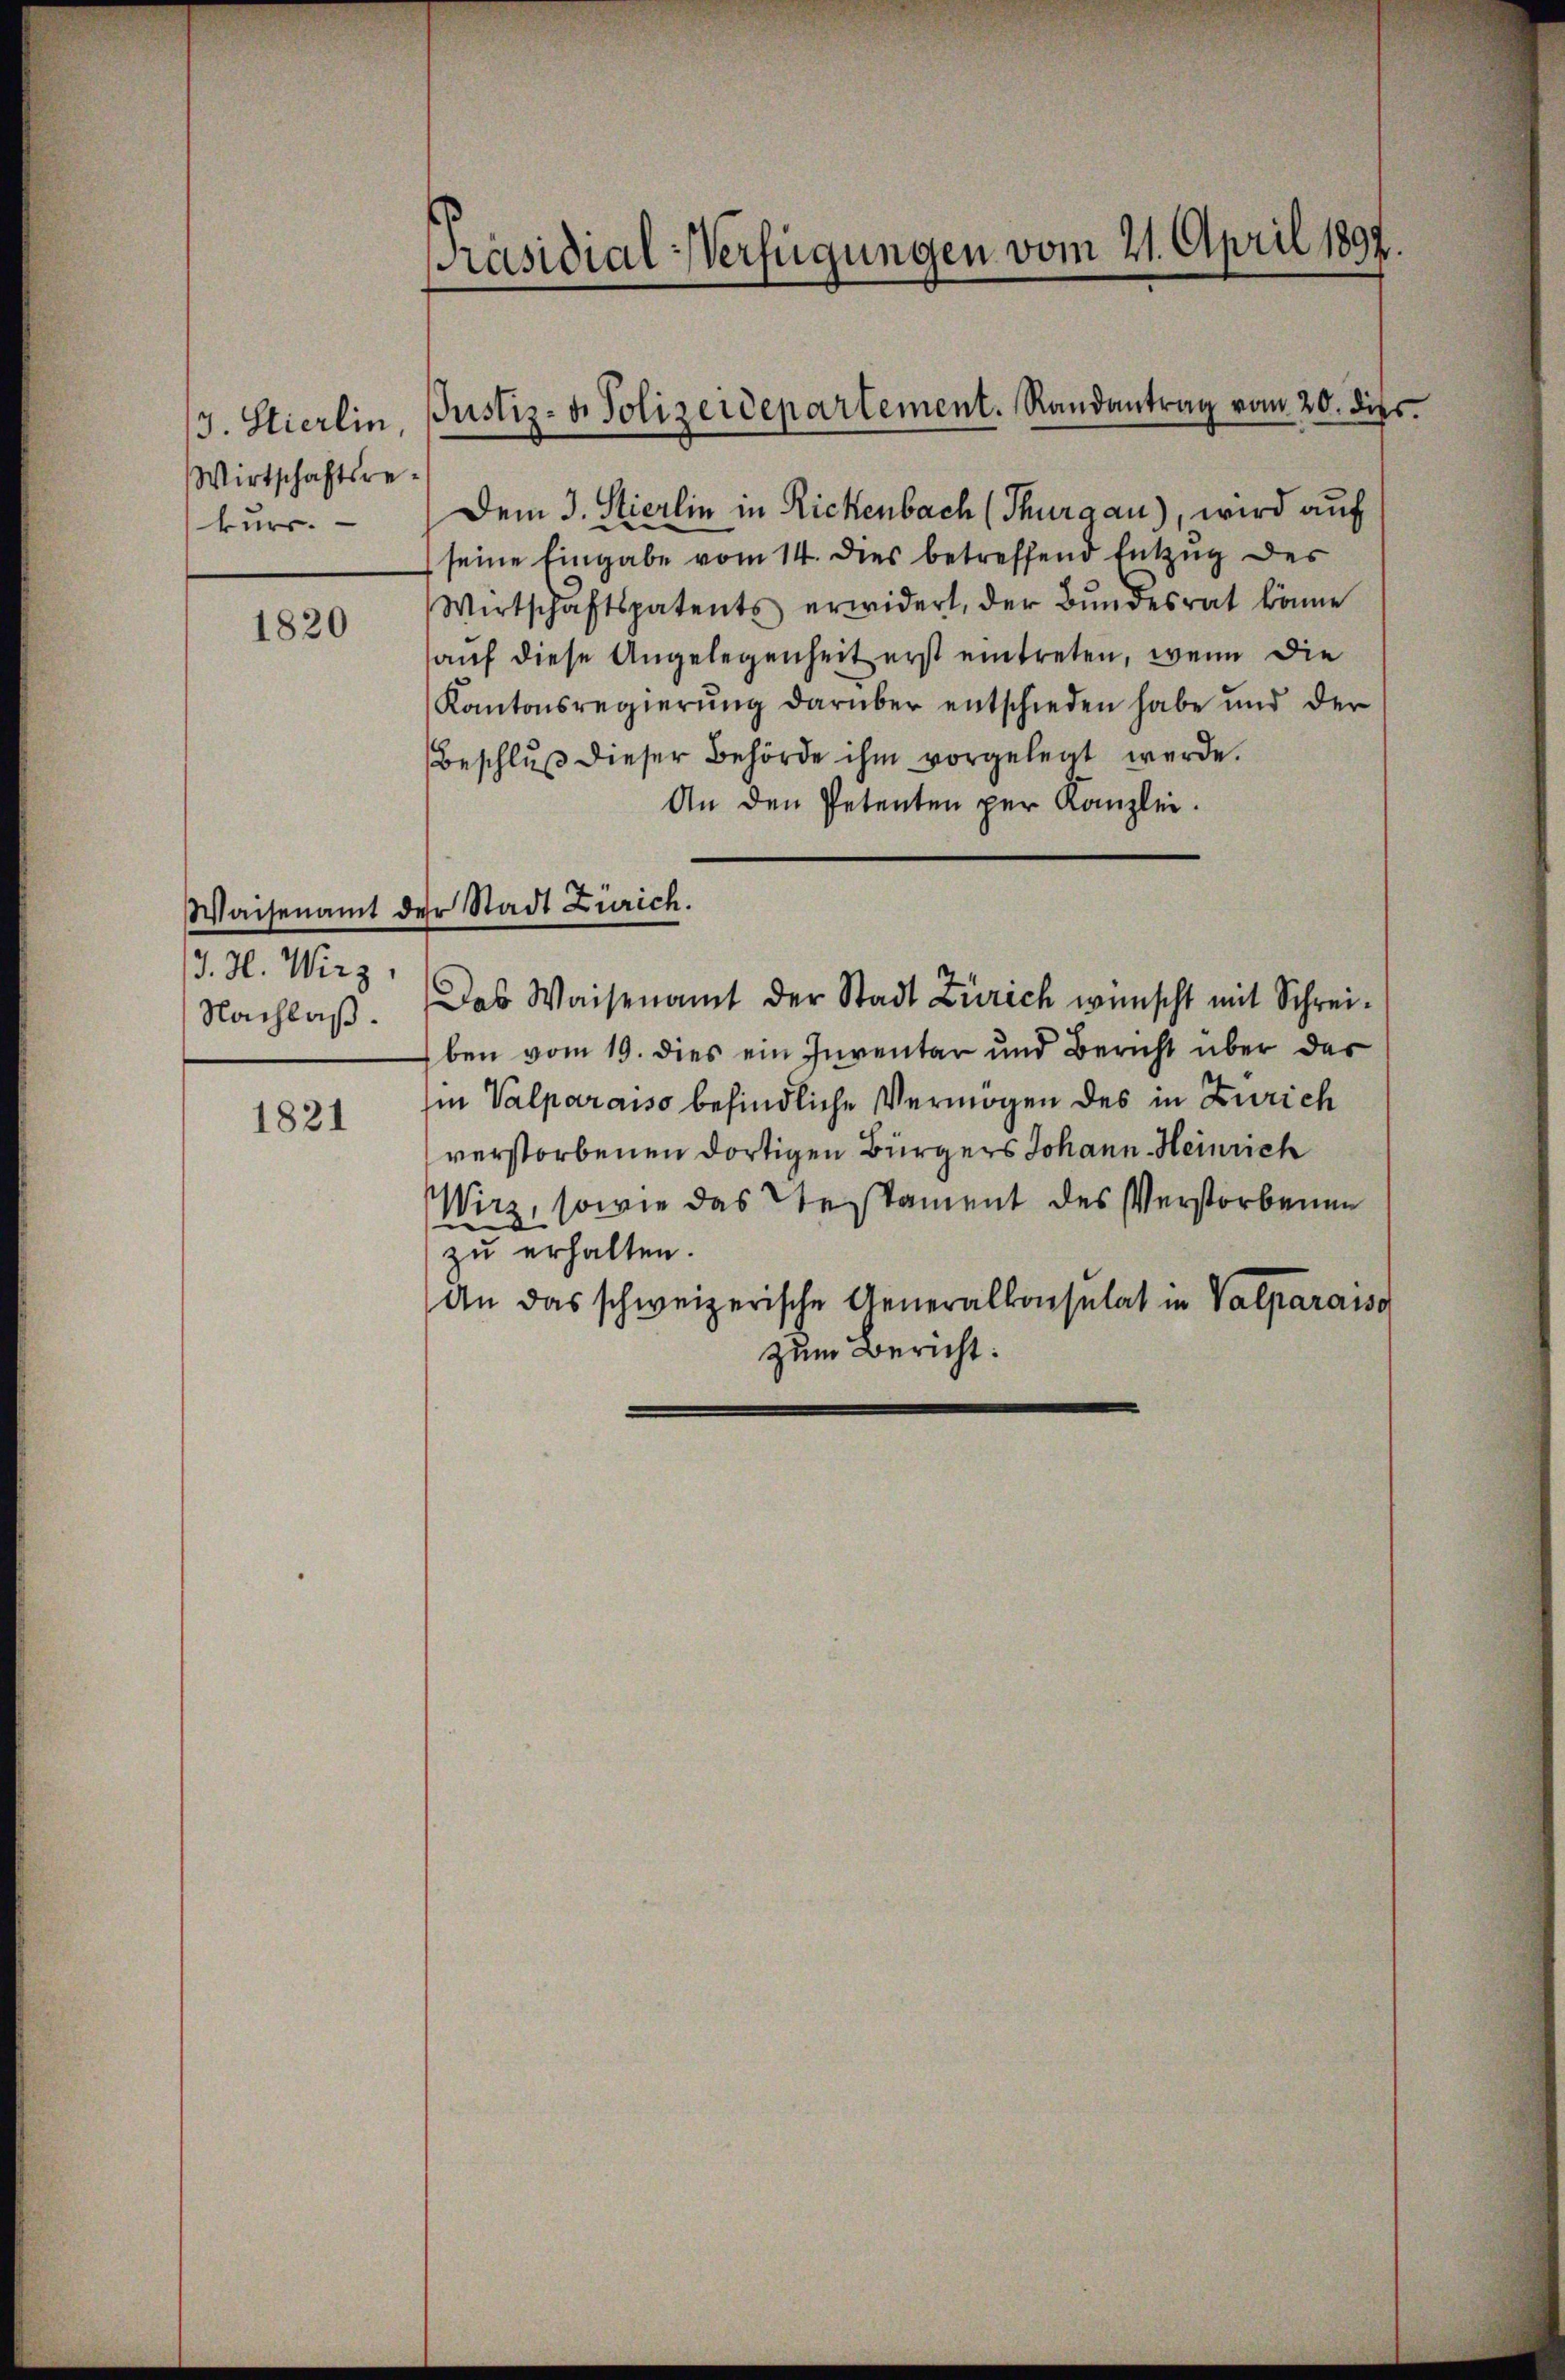
3. Stierlin,
Wirtschaftsre
kurs.

1820

Waisenamt di
J. H. Wirz,
Nachlaß.

1821

Präsidial-Verfügungen vom 21. April 1897.

Justiz- u. Polizeidepartement. Randantrag vom 20. dies

er Stadt Zürich.

Dem 3. Stierlin in Rickenbach (Thurgau), wird auf
seine Eingabe vom 14. Dies betreffend Entzug des
Wirtschaftspatents erwidert, der Bŭndesrat könne
auf diese Angelegenheit erst eintreten, wenn die
Kantonsregierung darüber entschieden habe und der
Beschlŭβ dieser Behörde ihm vorgelegt werde.
An den Petenten per Kanzlei.
Das Waisenamt der Stadt Zürich wünscht mit Schreiben vom 19. dies ein Inventar und Bericht über der
Ein Valparaiso befindliche Vermögen des in Zürich
verstorbenen dortigen Bürgers Johann Heinrich
Wirz, sowie das Testament des Verstorbenen
u erhalten.
An das schweizerische Generalkonsulat in Valparaiso
zum Bericht: